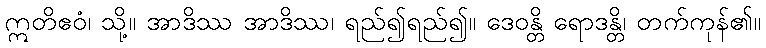
ဣတိဧဝံ၊ သို့။ အာဒိဿ အာဒိဿ၊ ရည်၍ရည်၍။ ဒေဝန္တိ ရောဒန္တိ၊ တက်ကုန်၏။